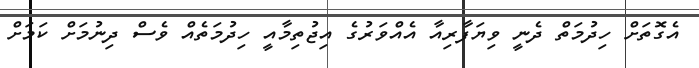
އެގޮތަށް ހިދުމަތް ދެނީ ވިޔަފާރިއާ އެއްވަރުގެ އިޖުތިމާއީ ހިދުމަތެއް ވެސް ދިނުމަށް ކަމަށް